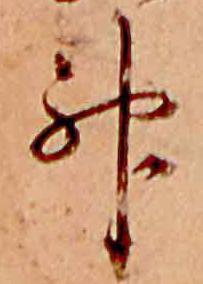
神